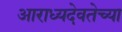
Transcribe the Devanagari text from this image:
आराध्यदेवतेच्या